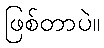
ဖြစ်တာပဲ။